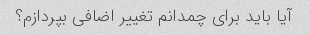
آیا باید برای چمدانم تغییر اضافی بپردازم؟